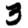
Digit: 3